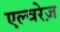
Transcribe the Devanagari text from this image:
एल्वरेज़